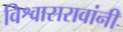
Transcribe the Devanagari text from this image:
विश्वासरावांनी